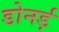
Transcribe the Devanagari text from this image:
डोनर्ड़